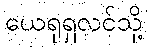
ယေရုရှလင်သို့